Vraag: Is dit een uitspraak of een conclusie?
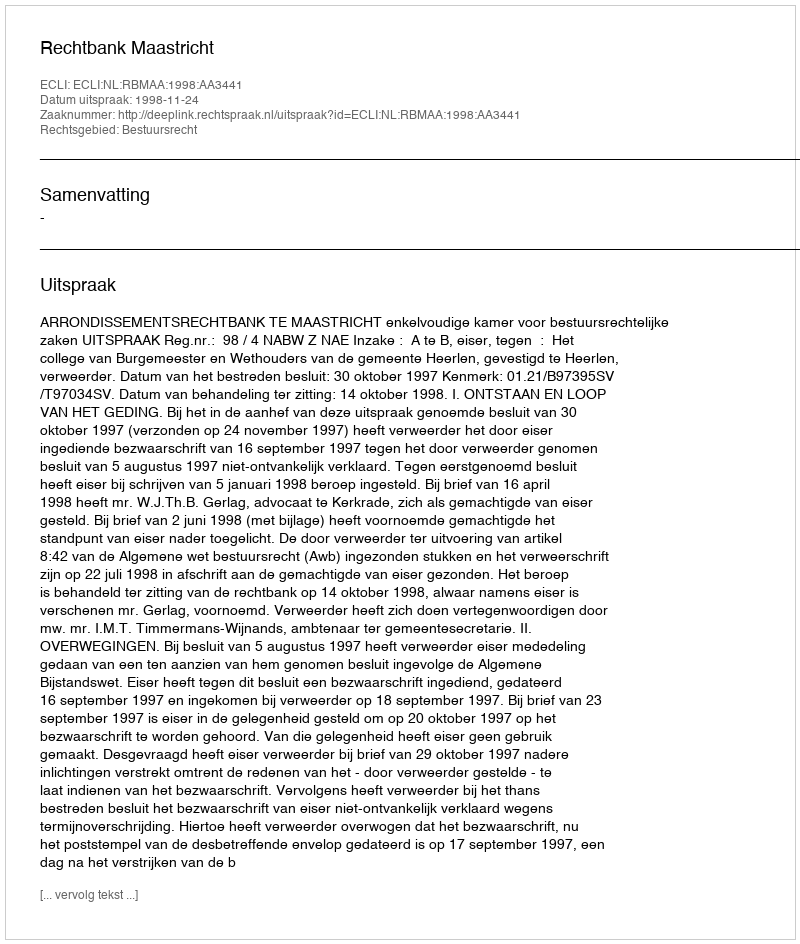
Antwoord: Uitspraak